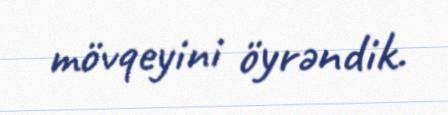
mövqeyini öyrəndik.